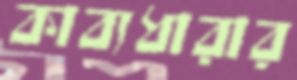
কাব্যধারার